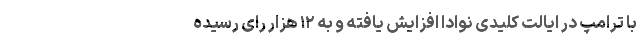
با ترامپ در ایالت کلیدی نوادا افزایش یافته و به ۱۲ هزار رای رسیده